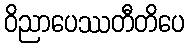
ဝိညာပေဿတီတိပေ